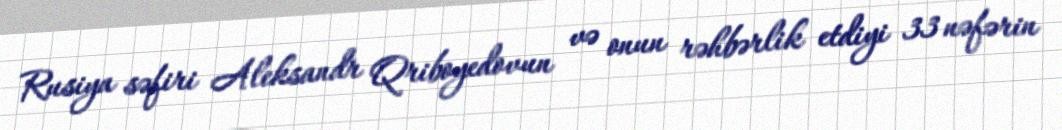
Rusiya səfiri Aleksandr Qriboyedovun və onun rəhbərlik etdiyi 33 nəfərin